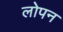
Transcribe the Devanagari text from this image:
लोपन